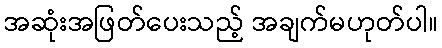
အဆုံးအဖြတ်ပေးသည့် အချက်မဟုတ်ပါ။